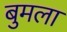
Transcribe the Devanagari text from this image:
बुमला